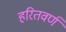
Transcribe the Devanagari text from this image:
हरितवर्ण